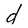
Character: d